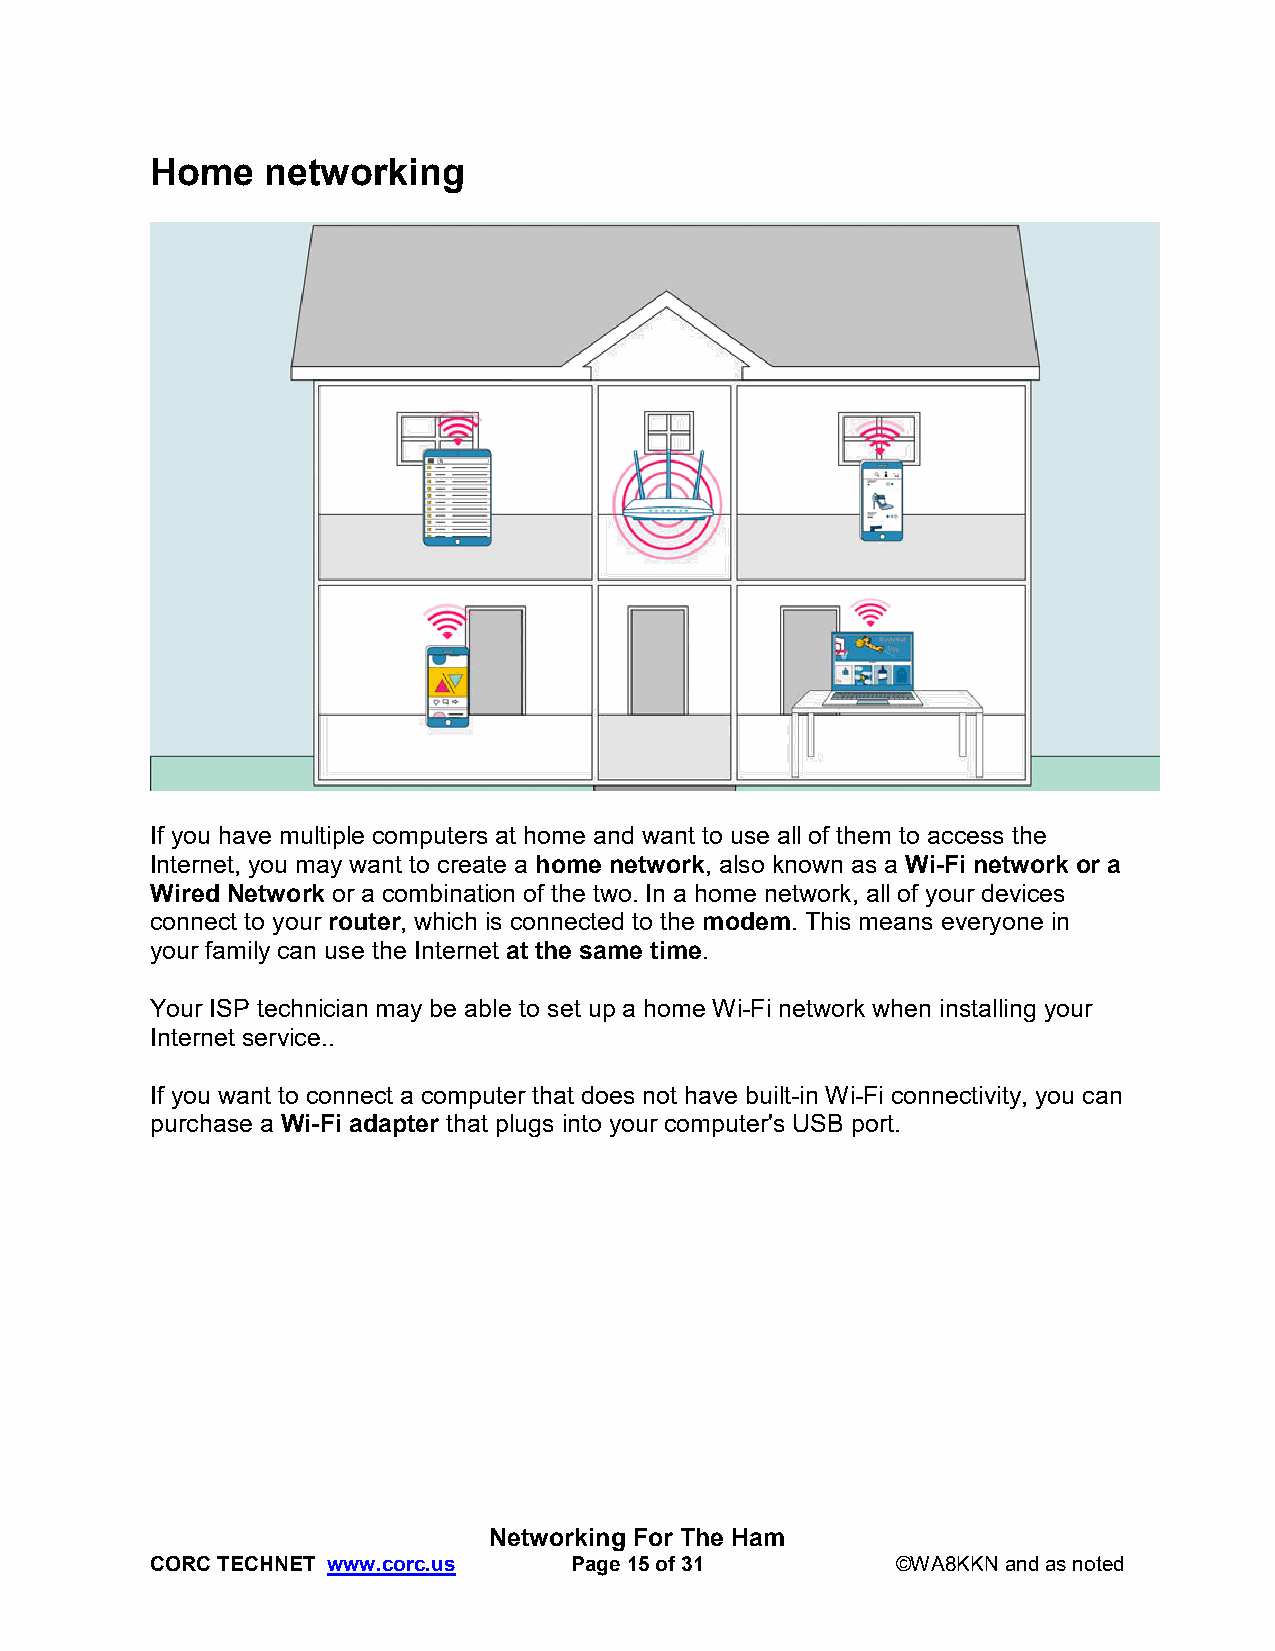
Home    networking
 If you have multiple computers at home and want to use all of them to access the
 Internet, you may want to create a home network, also known as a Wi-Fi network or a
 Wired Network or a combination of the two. In a home network, all of your devices
 connect to your router, which is connected to the modem. This means everyone in
 your family can use the Internet at the same time.
 Your ISP technician may be able to set up a home Wi-Fi network when installing your
 Internet service..
 If you want to connect a computer that does not have built-in Wi-Fi connectivity, you can
 purchase a Wi-Fi adapter that plugs into your computer's USB port.
 Networking For The Ham
 CORC TECHNET www.corc.us    Page 15 of 31        ©WA8KKN and as noted